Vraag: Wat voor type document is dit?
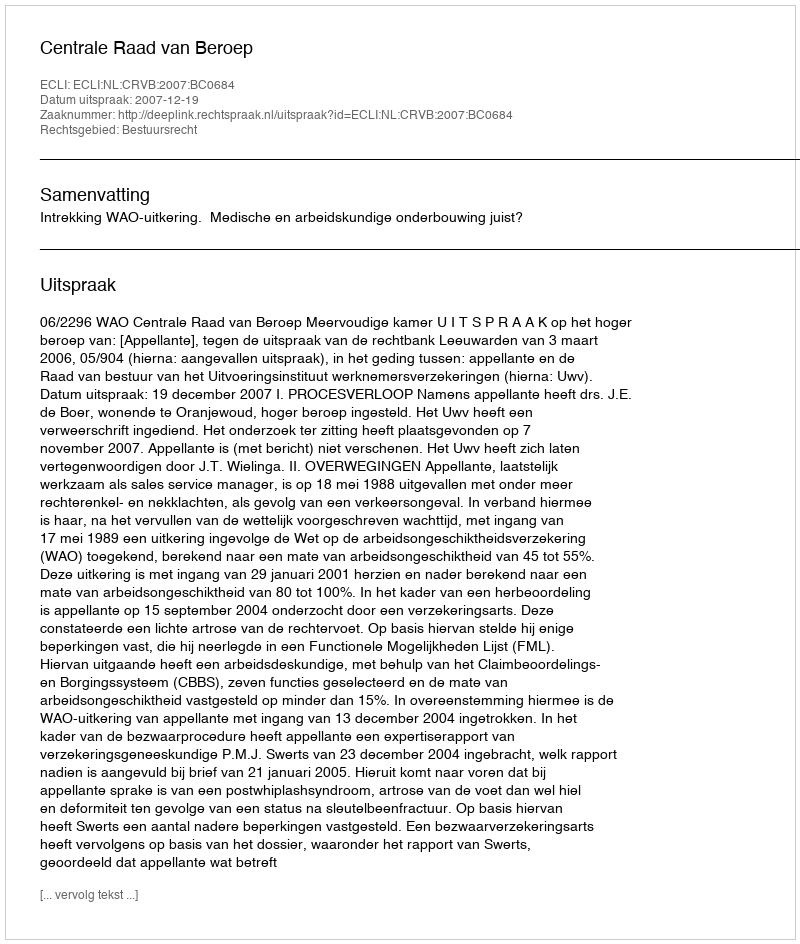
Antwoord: Uitspraak